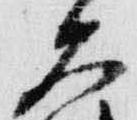
大